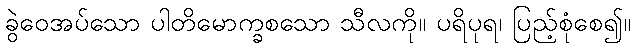
ခွဲဝေအပ်သော ပါတိမောက္ခစသော သီလကို။ ပရိပုရ၊ ပြည့်စုံစေ၍။